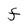
Character: F